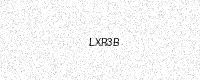
Text: LXR3B